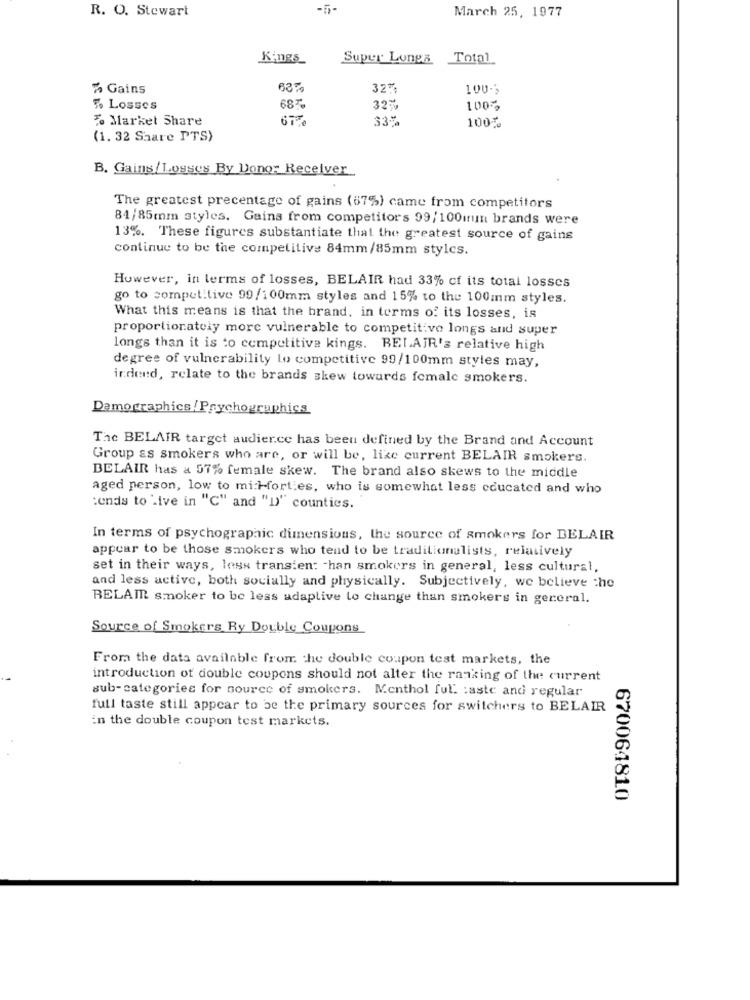
R. O. Stewart
March 25, 1977
Kings_
Super Longa Total
% Gains
32%
100-3
% Losses
687
32%
100%
To Market Share
33%
100%
(1. 32 Share PTS)
B. Gains/ Losses By Donor Receiver
The greatest precentage of gains (67%) came from competitors
84/85mm styles. Gains from competitors 99/100ının brands were
13%. These figures substantiate that the greatest source of gains
continue to be the competitive 84mm/85mm stylcs.
However, in terms of losses, BELAIR had 33% of its total losses
go to competitive 99/100mm styles and 15% to the 100mm styles.
What this means is that the brand, in terms of its losses, is
proportionately more vulnerable to competitive longs and super
longs than it is to competitive kings. BELAIR's relative high
degree of vulnerability lo competitive 99/100mm styles may,
indeed, relate to the brands skew towards female smokers.
Demographics/ Psychographics
The BELAIR target audience has been defined by the Brand and Account
Group as smokers who are, or will be, like current BELAIR smokers.
BELAIR has a 57% female skew. The brand also skews to the middle
aged person, low to mi:Hort es, who is somewhat less educated and who
:ends to Live in "C" and "D)" counties.
In terms of psychographic dimensions, the source of smokers for BELAIR
appear to be those smokers who tend to be traditionalists, relatively
set in their ways, loss transien: - han smokers in general, less cultural,
and less active, both socially and physically. Subjectively, we believe the
BELAIR smoker to be less adaptive to change than smokers in general.
Source of Smokers Ry Double Coupons
From the data available from the double coupon test markets, the
introduction of double coupons should not alter the ranking of the current
sub-categories for source of smokers. Menthol ful :aste and regular
full taste still appear to be the primary sources for switchers to BELAIR
En the double coupon test markets.
670064810